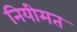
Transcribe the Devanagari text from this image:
नियीमत